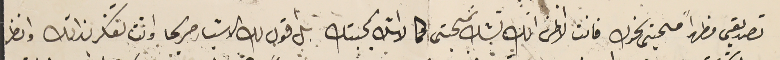
تصديقى مظهراً محبتى نحوك فانت لا اظن انك تشك بمحبتى كما لا اشك بمحبتك بل اقول لك الاشياء صريحا وانت تفكر بذالك وانظر